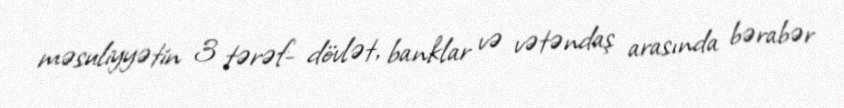
məsuliyyətin 3 tərəf- dövlət, banklar və vətəndaş arasında bərabər